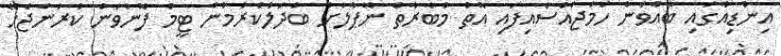
އިންޑިއާގައި ބާއްވަން ހަމަޖައްސައިފައި އޮތް މުބާރާތް ނޭޕާލަށް ބަދަލުކުރުމުން ޓީމު ފޮނުވަން ކުރަންޖެހޭ